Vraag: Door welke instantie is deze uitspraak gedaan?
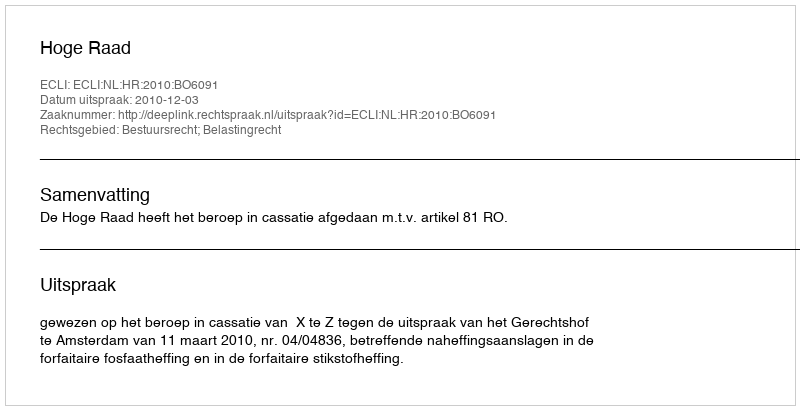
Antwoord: Hoge Raad